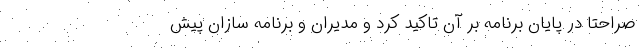
صراحتا در پایان برنامه بر آن تاکید کرد و مدیران و برنامه سازان پیش